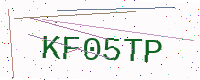
Text: KF05TP